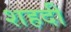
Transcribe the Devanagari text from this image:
शहदी